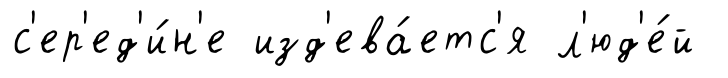
с'ер'ед'и́н'е изд'ева́етс'я л'юд'е́й